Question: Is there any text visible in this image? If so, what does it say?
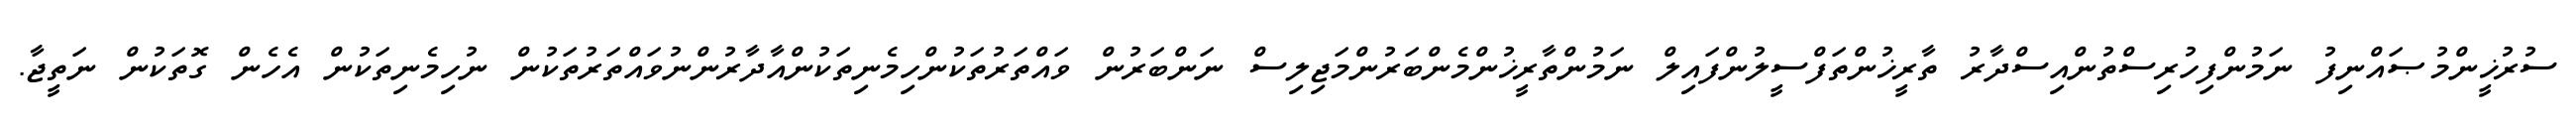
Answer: ސުރުޚީންމުޞައްނިފު ނަމުންފިހުރިސްތުންއިސްދާރު ތާރީޚުންތަފްސީލުންފައިލް ނަމުންތާރީޚުންމެންބަރުންމަޖިލިސް ނަންބަރުން ވައްތަރުތަކުންހިމެނިތަކުންއާދާރުންނުވައްތަރުތަކުން ނުހިމެނިތަކުން އެހެން ގޮތަކުން ނަތީޖާ.